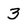
Character: 3